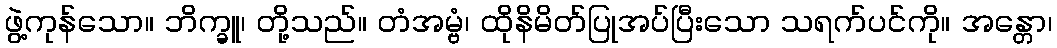
ဖွဲ့ကုန်သော။ ဘိက္ခူ၊ တို့သည်။ တံအမ္ဗံ၊ ထိုနိမိတ်ပြုအပ်ပြီးသော သရက်ပင်ကို။ အန္တော၊